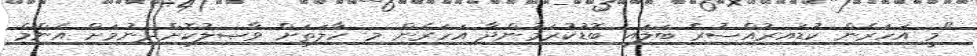
"މީ އަހަރެން ކުޑައިރުއްސުރެ ބަލައި ބޮޑުކުރަމުންދާ އަހަރެން މި ހާލަތަށް ވާޞިލުކޮށްދިނުމަށް އެންމެ